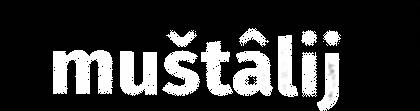
muštâlij